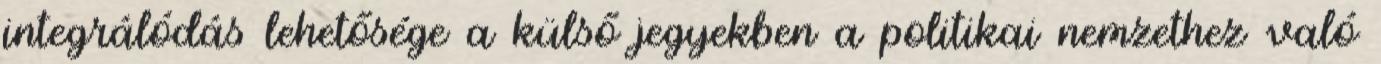
integrálódás lehetősége a külső jegyekben a politikai nemzethez való